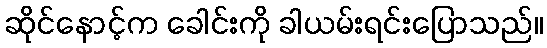
ဆိုင်နောင့်က ခေါင်းကို ခါယမ်းရင်းပြောသည်။